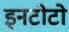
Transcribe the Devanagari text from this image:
इनटोटो